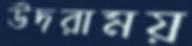
উদরাময়